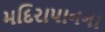
મદિરાપાનના